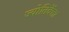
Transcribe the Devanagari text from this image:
ज्योतिर्वेत्ता